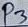
Text: P3